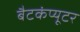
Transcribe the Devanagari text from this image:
बैटकंप्यूटर